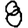
Digit: 8